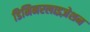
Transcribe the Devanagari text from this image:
डिमिनरलाइज़ेशन